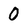
Character: 0